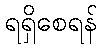
ရရှိစေရန်